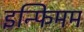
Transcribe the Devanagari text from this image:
इन्फिमम